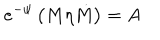
LaTeX: e ^ { - \psi } \left( M \eta \dot { M } \right) = A